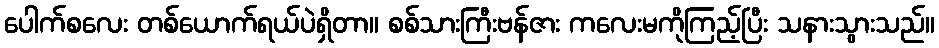
ပေါက်စလေး တစ်ယောက်ရယ်ပဲရှိတာ။ စစ်သားကြီးဗန်ဇား ကလေးမကိုကြည့်ပြီး သနားသွားသည်။